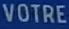
VOTRE